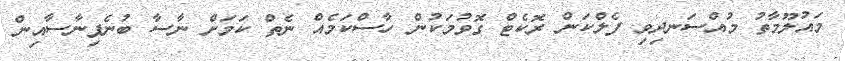
މައުލޫމާތު މުއްސަނދިވި ފެލްކަން ރޮކެޓް ގޮވުމަކުން ހާސްކަމެއް ނެތް ކަމަށް ނާސާ ބުނެފިނާސާއިން